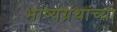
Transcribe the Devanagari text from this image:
भाष्यग्रंथांच्या